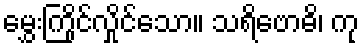
မွှေးကြိုင်လှိုင်သော။ သရိဗောဓိ၊ ကု